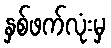
နှစ်ဖက်လုံးမှ